Leaving Certificate Examination (including Day School Certificate (Higher) General paper), 1938
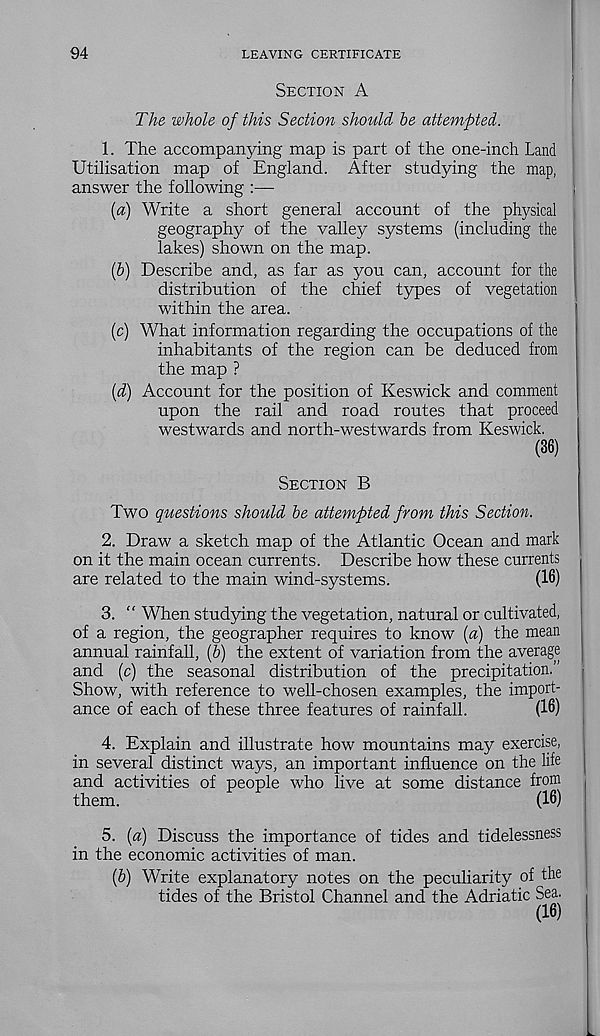
94
LEAVING CERTIFICATE
Section A
The whole of this Section should be attempted.
1. The accompanying map is part of the one-inch Land
Utilisation map of England. After studying the map,
answer the following :—
(a) Write a short general account of the physical
geography of the valley systems (including the
lakes) shown on the map.
(&) Describe and, as far as you can, account for the
distribution of the chief types of vegetation
within the area.
(c) What information regarding the occupations of the
inhabitants of the region can be deduced from
the map ?
(d) Account for the position of Keswick and comment
upon the rail and road routes that proceed
westwards and north-westwards from Keswick.
(36)
Section B
Two questions should be attempted from this Section.
2. Draw a sketch map of the Atlantic Ocean and mark
on it the main ocean currents. Describe how these currents
are related to the main wind-systems.
(16)
3. “ When studying the vegetation, natural or cultivated,
of a region, the geographer requires to know (a) the mean
annual rainfall, (b) the extent of variation from the average
and (c) the seasonal distribution of the precipitation.”
Show, with reference to well-chosen examples, the import-
ance of each of these three features of rainfall.
(16)
4. Explain and illustrate how mountains may exercise,
in several distinct ways, an important influence on the life
and activities of people who live at some distance from
them.
(16)
5. {a) Discuss the importance of tides and tidelessness
in the economic activities of man.
(6) Write explanatory notes on the peculiarity of the
tides of the Bristol Channel and the Adriatic Sea.
(16)